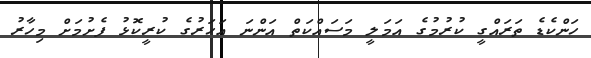
ހަންކެޑެ ތަރައްގީ ކުރުމުގެ އަމަލީ މަސައްކަތް އަންނަ އަހަރުގެ ކުރީކޮޅު ފެށުމަށް މިހާރު